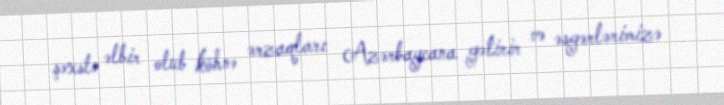
şəxslə əlbir olub köhnə ərzaqları Azərbaycana gətirir və əsgərlərimizə